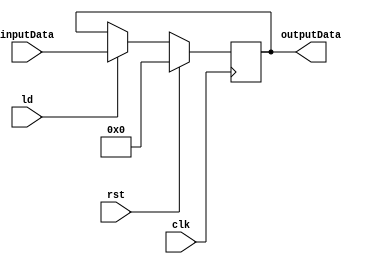
`timescale 1ps/1ps
module Register #(parameter SIZE = 32) (
    clk, 
    rst, 
    ld, 
    inputData, 
    outputData
    );
    
    input [SIZE-1:0] inputData;
    input rst, ld, clk;
    
    output reg[SIZE-1:0] outputData;
    
    always @(posedge clk)
    begin
        if (rst)
            outputData = 32'd0;
        else if (ld)
            outputData = inputData;
    end
        
endmodule